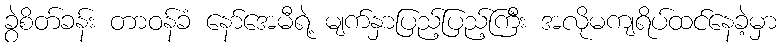
ခွဲစိတ်ခန်း တာဝန်ခံ နော်အေမီရဲ့ မျက်နှာပြည့်ပြည့်ကြီး အလိုမကျရိပ်ထင်နေခဲ့မှာ